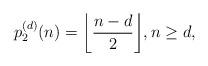
LaTeX: \begin{align*}p_2^{(d)}(n)= \bigg \lfloor \frac{n-d}{2} \bigg \rfloor, n\ge d,\end{align*}